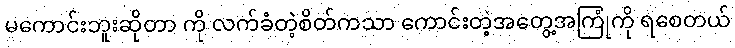
မကောင်းဘူးဆိုတာ ကို လက်ခံတဲ့စိတ်ကသာ ကောင်းတဲ့အတွေ့အကြုံကို ရစေတယ်